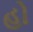
હો